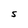
Character: S